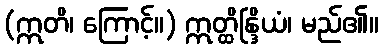
(ဣတိ၊ ကြောင့်။) ဣတ္ထိန္ဒြိယံ၊ မည်၏။